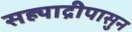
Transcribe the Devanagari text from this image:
सह्याद्रीपासुन